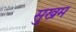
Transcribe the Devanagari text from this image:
सुखम